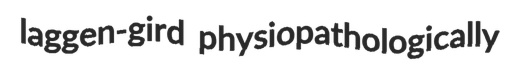
laggen-gird physiopathologically